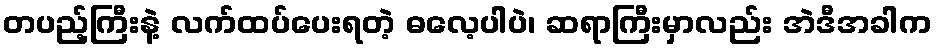
တပည့်ကြီးနဲ့ လက်ထပ်ပေးရတဲ့ ဓလေ့ပါပဲ၊ ဆရာကြီးမှာလည်း အဲဒီအခါက